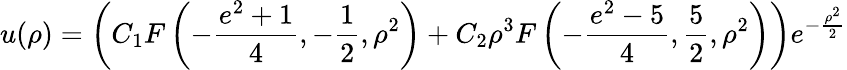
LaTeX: u(\rho)=\left(C_{1}F\left(-\frac{e^{2}+1}{4},-\frac{1}{2},\rho^{2}\right)+C_{2}\rho^{3}F\left(-\frac{e^{2}-5}{4},\frac{5}{2},\rho^{2}\right)\right)e^{-\frac{\rho^{2}}{2}}